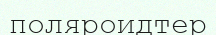
поляроидтер